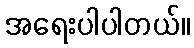
အရေးပါပါတယ်။